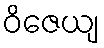
ဝိဇေယျ